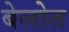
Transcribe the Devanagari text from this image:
बेलोत